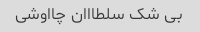
بی شک سلطااان چااوشی